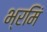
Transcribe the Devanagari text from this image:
भ्रमिं